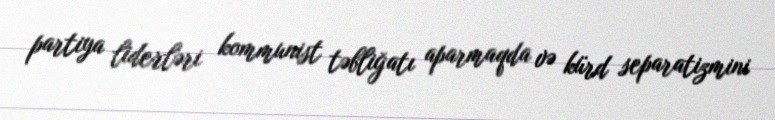
partiya liderləri kommunist təbliğatı aparmaqda və kürd separatizmini